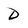
Character: d